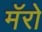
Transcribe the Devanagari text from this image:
मॅरो